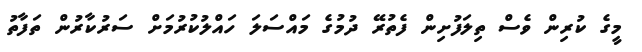
މީގެ ކުރިން ވެސް ތިލަފުށިން ފެތުރޭ ދުމުގެ މައްސަލަ ހައްލުކުރުމަށް ސަރުކާރުން ތަފާތު